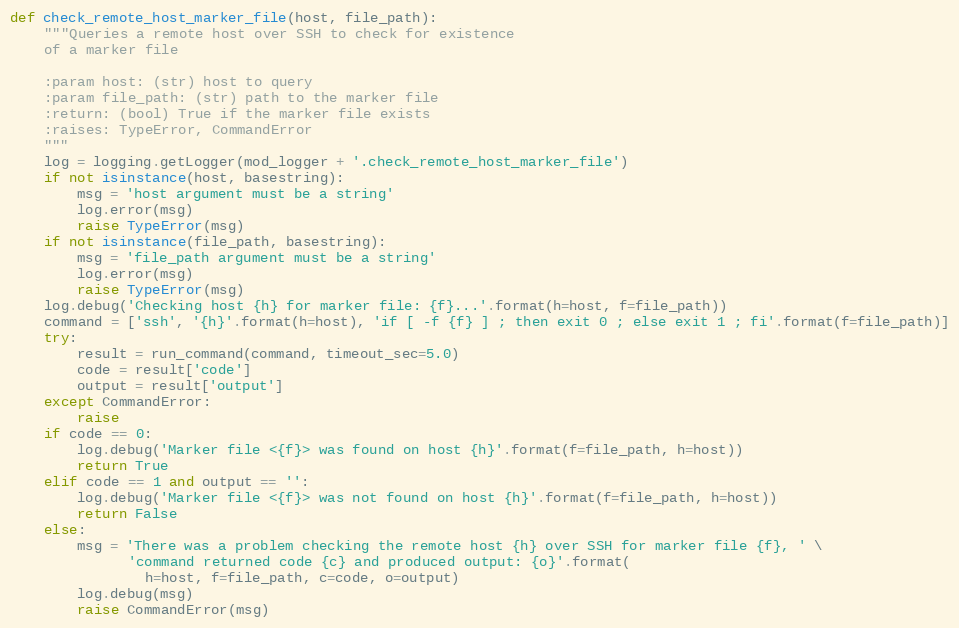
Language: Python
def check_remote_host_marker_file(host, file_path):
    """Queries a remote host over SSH to check for existence
    of a marker file

    :param host: (str) host to query
    :param file_path: (str) path to the marker file
    :return: (bool) True if the marker file exists
    :raises: TypeError, CommandError
    """
    log = logging.getLogger(mod_logger + '.check_remote_host_marker_file')
    if not isinstance(host, basestring):
        msg = 'host argument must be a string'
        log.error(msg)
        raise TypeError(msg)
    if not isinstance(file_path, basestring):
        msg = 'file_path argument must be a string'
        log.error(msg)
        raise TypeError(msg)
    log.debug('Checking host {h} for marker file: {f}...'.format(h=host, f=file_path))
    command = ['ssh', '{h}'.format(h=host), 'if [ -f {f} ] ; then exit 0 ; else exit 1 ; fi'.format(f=file_path)]
    try:
        result = run_command(command, timeout_sec=5.0)
        code = result['code']
        output = result['output']
    except CommandError:
        raise
    if code == 0:
        log.debug('Marker file <{f}> was found on host {h}'.format(f=file_path, h=host))
        return True
    elif code == 1 and output == '':
        log.debug('Marker file <{f}> was not found on host {h}'.format(f=file_path, h=host))
        return False
    else:
        msg = 'There was a problem checking the remote host {h} over SSH for marker file {f}, ' \
              'command returned code {c} and produced output: {o}'.format(
                h=host, f=file_path, c=code, o=output)
        log.debug(msg)
        raise CommandError(msg)